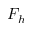
F _ { h }